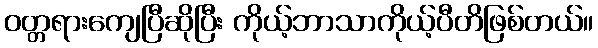
ဝတ္တရားကျေပြီဆိုပြီး ကိုယ့်ဘာသာကိုယ့်ပီတိဖြစ်တယ်။